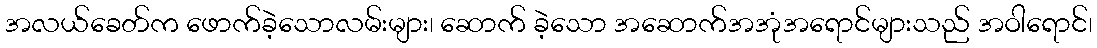
အလယ်ခေတ်က ဖောက်ခဲ့သောလမ်းများ၊ ဆောက် ခဲ့သော အဆောက်အအုံအရောင်များသည် အဝါရောင်၊